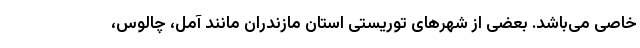
خاصی می‌­باشد. بعضی از شهرهای توریستی استان مازندران مانند آمل، چالوس،